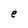
Character: e